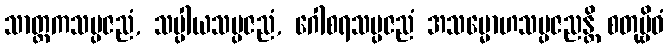
သာတ္ထကသမ္ပဇညံ, သပ္ပါယသမ္ပဇညံ, ဂေါစရသမ္ပဇညံ အသမ္မောဟသမ္ပဇညန္တိ စတုဗ္ဗိဓံ